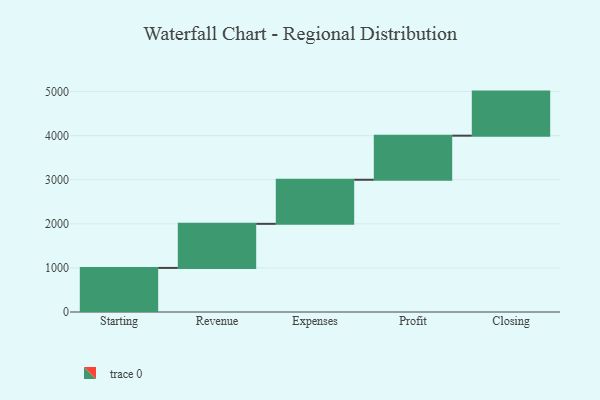
{"axis": {"x": "Step", "y": "Value"}, "legend": [""], "data": [{"x": "Starting", "y": 1000, "type": ""}, {"x": "Revenue", "y": 1000, "type": ""}, {"x": "Expenses", "y": 1000, "type": ""}, {"x": "Profit", "y": 1000, "type": ""}, {"x": "Closing", "y": 1000, "type": ""}]}